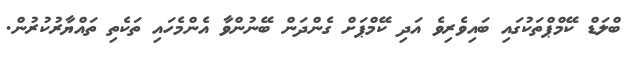
ބްލަޑް ކޭމްޕްތަކުގައި ބައިވެރިވެ އަދި ކޭމްޕަށް ގެންދަން ބޭނުންވާ އެންމެހައި ތަކެތި ތައްޔާރުކުރުން.